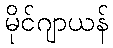
မိုင်ဂျာယန်